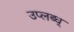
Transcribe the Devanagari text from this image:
उप्लब्ध्